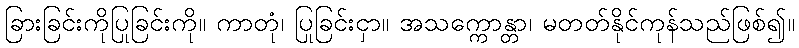
ခြားခြင်းကိုပြုခြင်းကို။ ကာတုံ၊ ပြုခြင်းငှာ။ အသက္ကောန္တာ၊ မတတ်နိုင်ကုန်သည်ဖြစ်၍။